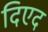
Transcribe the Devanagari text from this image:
दिएद